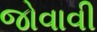
જોવાવી